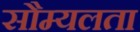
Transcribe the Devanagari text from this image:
सौम्‍यलता